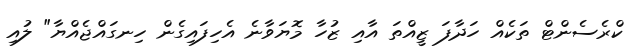
ކްރެސެންޓް ތަކެއް ހަދާފަ ޒީއްތަ އާއި ޒުހާ މޮޔަވާނެ އެހިފައިގެން ހިނގައްޖެއްޔާ" ލުއި